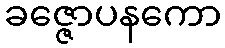
ခဇ္ဇောပနကော